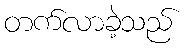
တက်လာခဲ့သည်